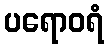
ပရောဝရံ